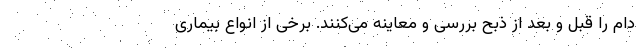
دام را قبل و بعد از ذبح بررسی و معاینه می‌کنند. برخی از انواع بیماری